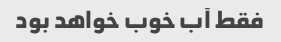
فقط آب خوب خواهد بود